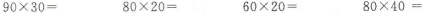
$$9 0 \times 3 0 =$$ $$8 0 \times 2 0 =$$ $$6 0 \times 2 0 =$$